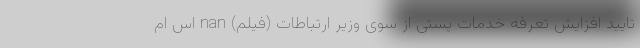
تایید افزایش تعرفه خدمات پستی از سوی وزیر ارتباطات (فیلم) nan اس ام